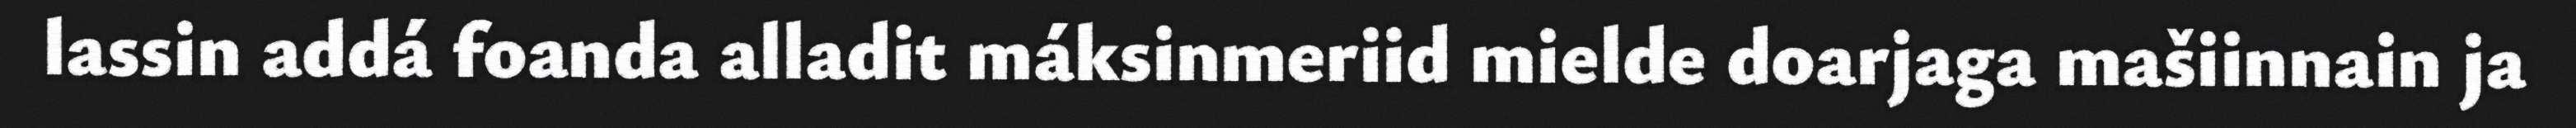
lassin addá foanda alladit máksinmeriid mielde doarjaga mašiinnain ja